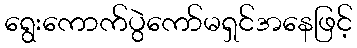
ရွေးကောက်ပွဲကော်မရှင်အနေဖြင့်